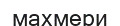
махмери